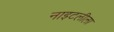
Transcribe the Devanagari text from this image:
नाइटलीला